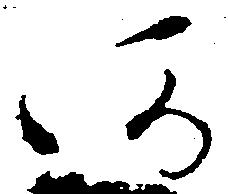
阿